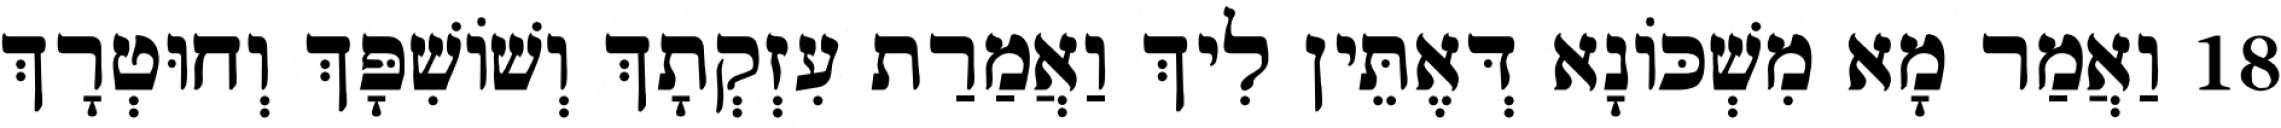
18 וַאֲמַר מָא מִשְׁכּוֹנָא דְּאֶתֵּין לִיךְ וַאֲמַרַת עִזְקְתָךְ וְשׁוֹשִׁפָּךְ וְחוּטְרָךְ